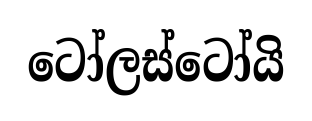
ටෝලස්ටෝයි